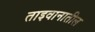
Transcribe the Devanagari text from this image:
ताइवानातील